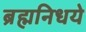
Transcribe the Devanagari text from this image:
ब्रह्मनिधये